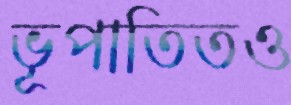
ভূপাতিতও